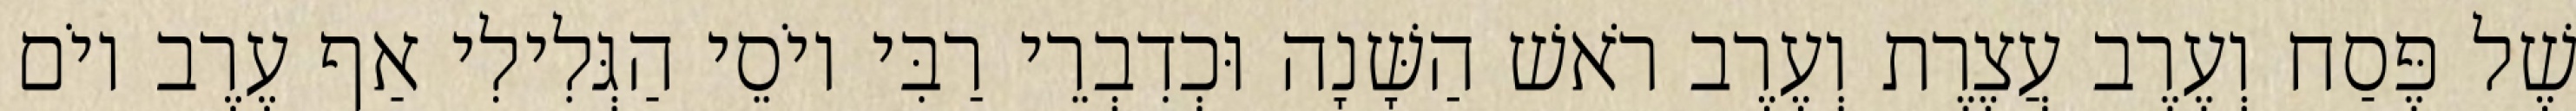
שֶׁל פֶּסַח וְעֶרֶב עֲצֶרֶת וְעֶרֶב רֹאשׁ הַשָּׁנָה וּכְדִבְרֵי רַבִּי יוֹסֵי הַגְּלִילִי אַף עֶרֶב יוֹם